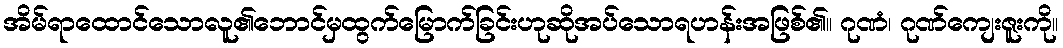
အိမ်ရာထောင်သောလူ၏ဘောင်မှထွက်မြောက်ခြင်းဟုဆိုအပ်သောရဟန်းအဖြစ်၏။ ဂုဏံ၊ ဂုဏ်ကျေးဇူးကို။